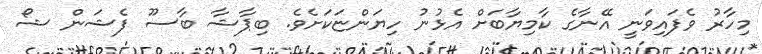
މިހާރު ވެފައިވަނީ އޭނާގެ ކާމިޔާބަށް އެޅުނު ހިޔަންޏަކަށެވެ. ބިޕާޝާ ބާސޫ ފެޝަން ޝޯ